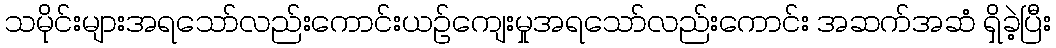
သမိုင်းများအရသော်လည်းကောင်းယဉ်ကျေးမှုအရသော်လည်းကောင်း အဆက်အဆံ ရှိခဲ့ပြီး